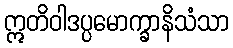
ဣတိဝါဒပ္ပမောက္ခာနိသံသာ